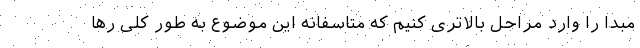
مبدا را وارد مراحل بالاتری کنیم که متاسفانه این موضوع به طور کلی رها